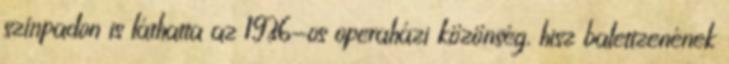
színpadon is láthatta az 1936-os operaházi közönség, hisz balettzenének